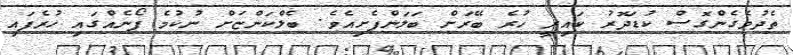
ތެދުވެގެންގޮސް ކުޑަދޮރު ކައިރީ ހުރެ ބޭރަށް ބަލަންފެށިއެވެ. ބެލްކަންޏަށް ނުކުމެ ފޯނެއްގައި ހުރެފައި